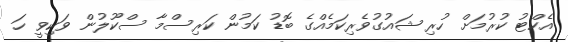
އެކްޓު ކުރުމަށް ހުރި ޝައުގުވެރިކަމެއްގެ ބޮޑު ކަމުން ކަރިސްމާ ސްކޫލުން ވަކިވީ ހަ